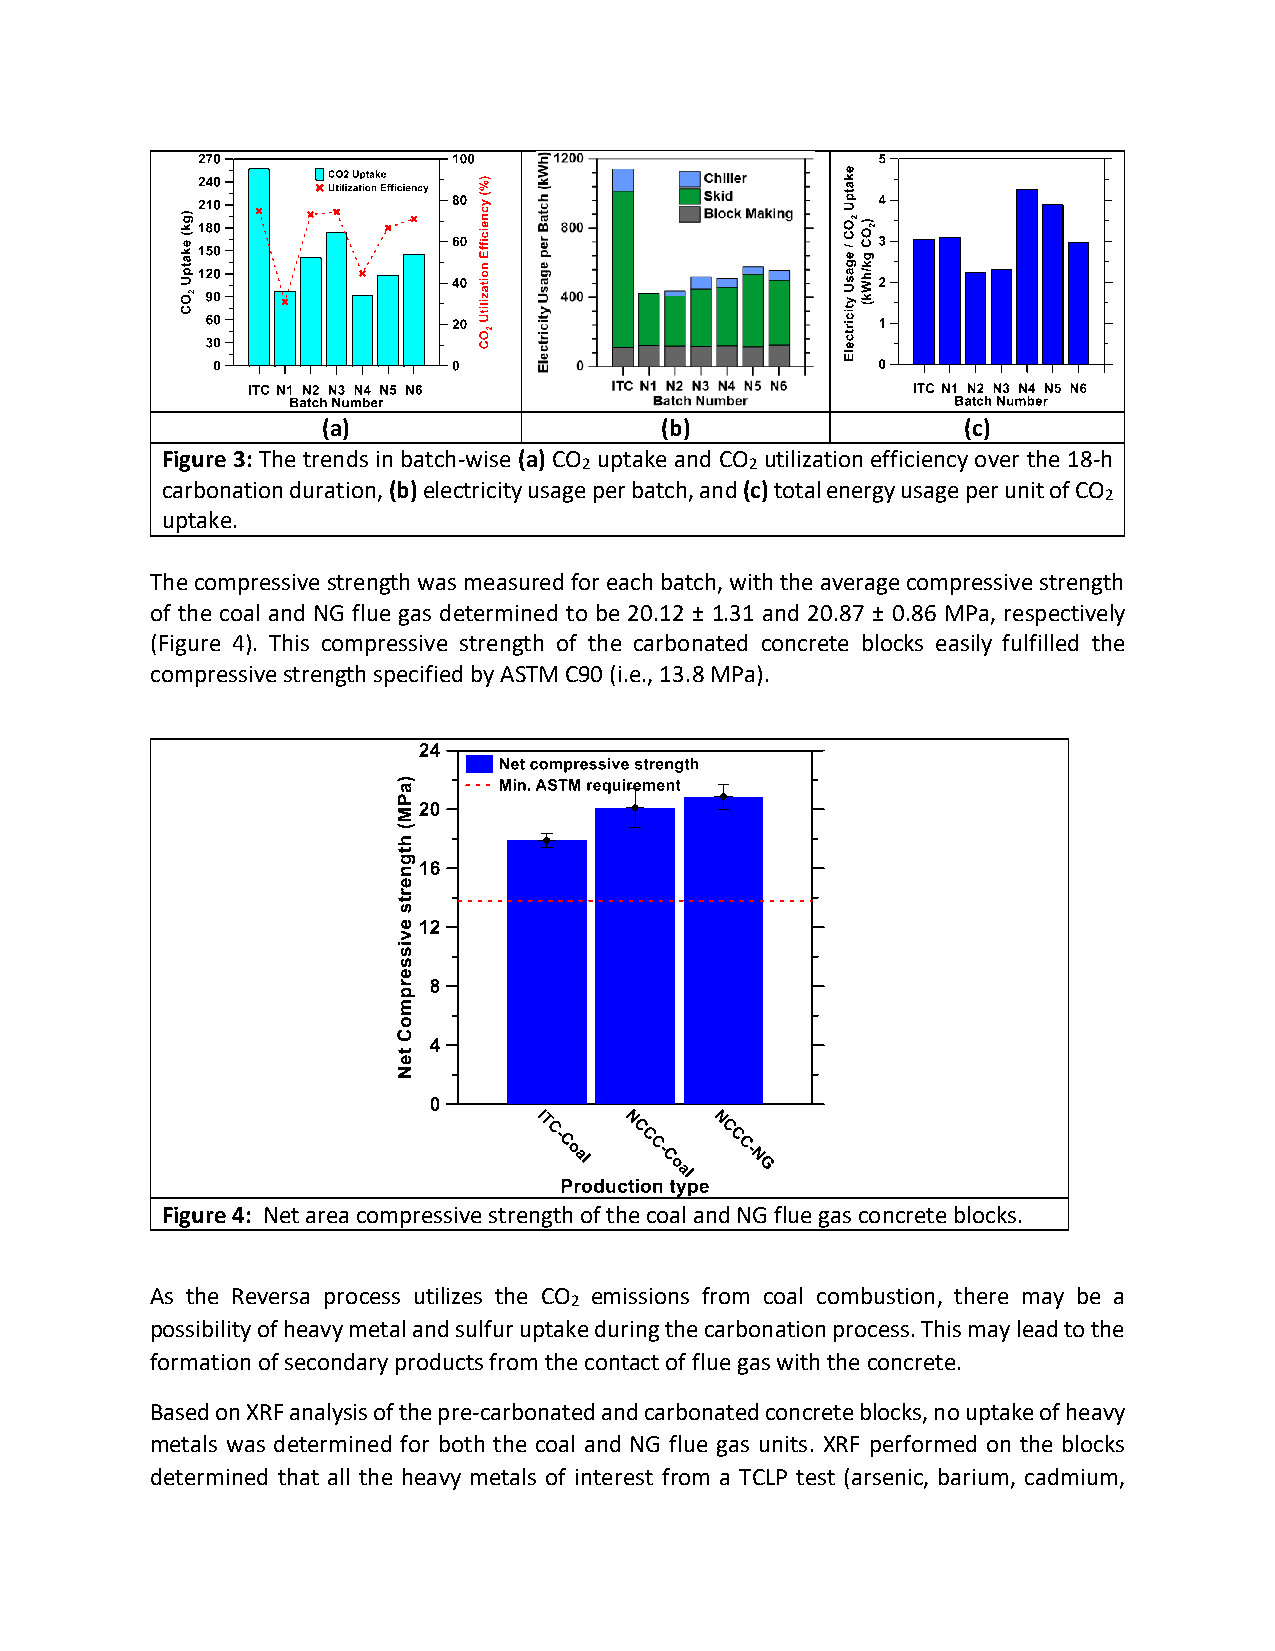
(a)                    (b)                 (c)
 Figure 3: The trends in batch-wise (a) CO uptake and CO utilization efficiency over the 18-h
 2          2
 carbonation duration, (b) electricity usage per batch, and (c) total energy usage per unit of CO
 2
 uptake.
 The compressive strength was measured for each batch, with the average compressive strength
 of the coal and NG flue gas determined to be 20.12 ± 1.31 and 20.87 ± 0.86 MPa, respectively
 (Figure 4). This compressive strength of the carbonated concrete blocks easily fulfilled the
 compressive strength specified by ASTM C90 (i.e., 13.8 MPa).
 Figure 4: Net area compressive strength of the coal and NG flue gas concrete blocks.
 As the Reversa process utilizes the CO emissions from coal combustion, there may be a
 2
 possibility of heavy metal and sulfur uptake during the carbonation process. This may lead to the
 formation of secondary products from the contact of flue gas with the concrete.
 Based on XRF analysis of the pre-carbonated and carbonated concrete blocks, no uptake of heavy
 metals was determined for both the coal and NG flue gas units. XRF performed on the blocks
 determined that all the heavy metals of interest from a TCLP test (arsenic, barium, cadmium,